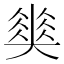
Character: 𡚅